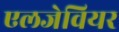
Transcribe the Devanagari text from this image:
एलजेवियर